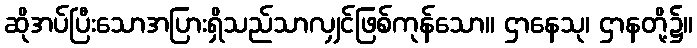
ဆိုအပ်ပြီးသောအပြားရှိသည်သာလျှင်ဖြစ်ကုန်သော။ ဌာနေသု၊ ဌာနတို့၌။